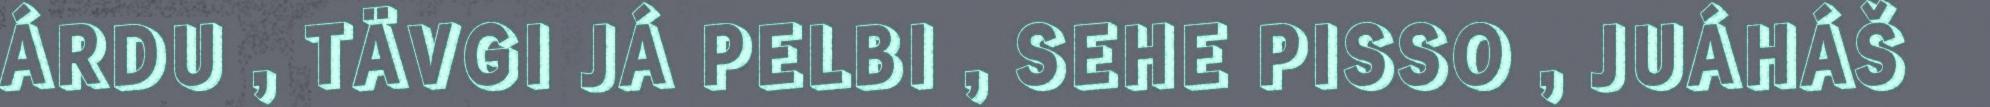
ÁRDU , TÄVGI JÁ PELBI , SEHE PISSO , JUÁHÁŠ